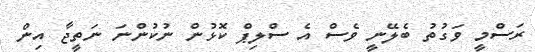
ރަސްމީ ވަގުތު ބެލޭނީ ވެސް އެ ސްލިޕް ކޮޅުން ނުކުންނަ ނަތީޖާ އިން